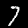
Label: 7